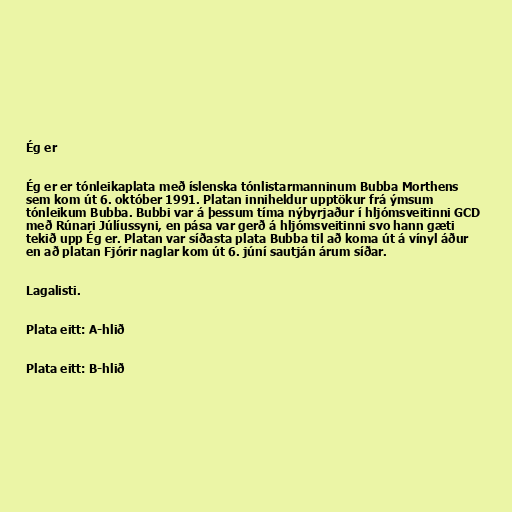
Ég er

Ég er er tónleikaplata með íslenska tónlistarmanninum Bubba Morthens
sem kom út 6. október 1991. Platan inniheldur upptökur frá ýmsum
tónleikum Bubba. Bubbi var á þessum tíma nýbyrjaður í hljómsveitinni GCD
með Rúnari Júlíussyni, en pása var gerð á hljómsveitinni svo hann gæti
tekið upp Ég er. Platan var síðasta plata Bubba til að koma út á vínyl áður
en að platan Fjórir naglar kom út 6. júní sautján árum síðar.

Lagalisti.

Plata eitt: A-hlið

Plata eitt: B-hlið